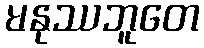
မနုဿဘူတေ